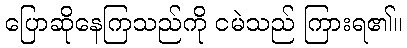
ပြောဆိုနေကြသည်ကို ငမဲသည် ကြားရ၏။